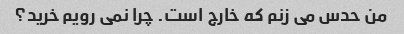
من حدس می زنم که خارج است. چرا نمی رویم خرید؟